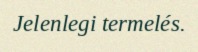
Jelenlegi termelés.